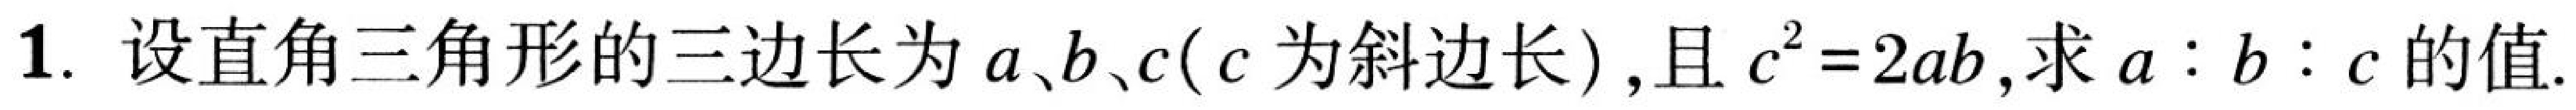
1. 设直角三角形的三边长为\(a、b、c(c\)为斜边长\()\), 且 \(c^{2}=2ab\),求\(a:b:c\)的值.